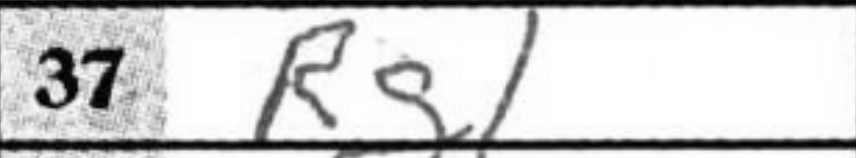
Transcription: Rg1